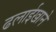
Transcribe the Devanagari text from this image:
ढलाईखाने